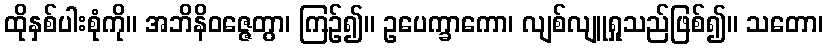
ထိုနှစ်ပါးစုံကို။ အဘိနိဝဇ္ဇေတွာ၊ ကြဉ်၍။ ဥပေက္ခာကော၊ လျစ်လျူရှုသည်ဖြစ်၍။ သတော၊